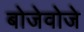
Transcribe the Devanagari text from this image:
बोजेवोजे